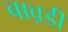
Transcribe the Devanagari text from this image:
बाव़डी